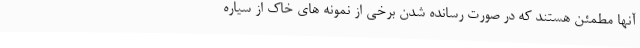
آنها مطمئن هستند که در صورت رسانده شدن برخی از نمونه های خاک از سیاره